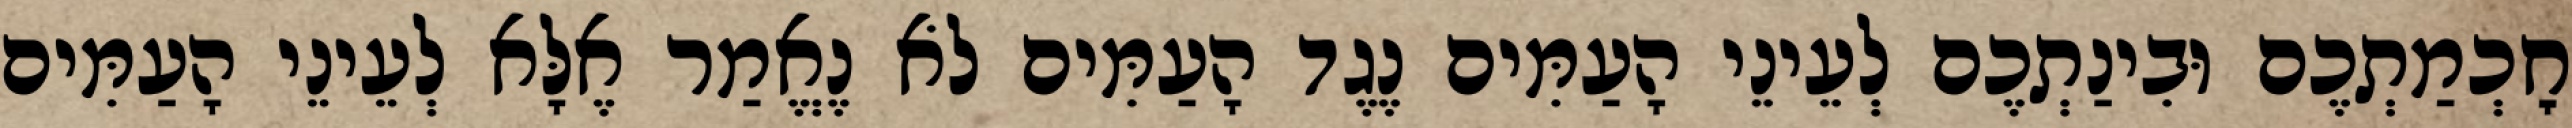
חׇכְמַתְכֶם וּבִינַתְכֶם לְעֵינֵי הָעַמִּים נֶגֶד הָעַמִּים לֹא נֶאֱמַר אֶלָּא לְעֵינֵי הָעַמִּים